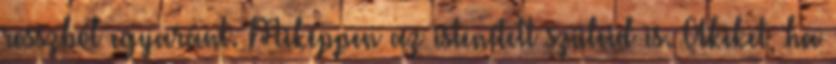
rosszból egyaránt. Miképpen az istenített szüleid is. Akiket, ha